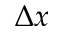
\Delta x